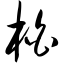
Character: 柏